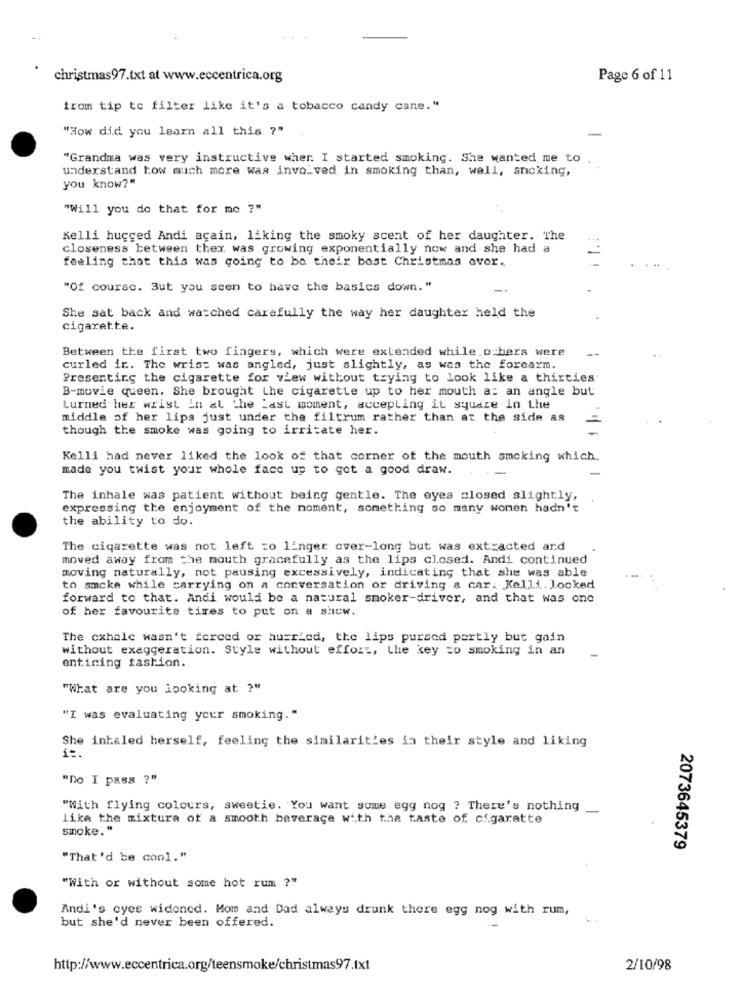
christmas97.txt at www.eccentrica.org
Page 6 of 11
trom tip to filter like it's a tobacco candy cane."
"How did you learn all this ?"
"Grandma was very instructive wher. I started smoking. She wanted me to .
understand how much more was involved in smoking than, well, smoking,
you know?"
"Will you do that for mo ?"
Kelli hugged Andi acain, liking the smoky scent of her daughter. The
closeness between thex. was growing exponentially now and she had a
feeling that this was going to be their best Christmas over.
"Of course. But you seen to have the basics down. "
She sat back and watched carefully the way her daughter held the
cigarette.
Between the first two fingers, which were extended while. o-bers were
curled ir. The wrist was angled, just slightly, as was the forearm.
Presenting the cigarette for view without trying to look like a thirties
B-movie queen. She brought Lhe cigarette up to her mouth a: an angle but
turned her wrist in al the Last moment, accepting it square in the
middle of her lips just under the filtrum rather than at the side as
though the smoke was going to irritate her.
Kelli had never liked the look of that corner of the mouth smoking which.
made you twist your whole face up to get a good draw.
The inhale was patient without being gentle. The eyes closed slightly,
expressing the enjoyment of the moment, something so many women hadn't
the ability to do.
The cigarette was not left to linger cver-long but was extracted and
moved away from the mouth gracefully as the lips closed. Andi continued
moving naturally, not pausing excessively, indicating that she was able
to smcke while carrying on a conversation or driving a car: Kelli. Jocked
forward to that. Andi would be a natural smoker-driver, and that was one
of her favourite tires to put on a sicw.
The cxhalc wasn't forced or hurried, the lips pursed partly but gain
without exaggeration. Style without effort, the key =o smoking in an
enticing fashion.
"What are you looking at ?"
"I was evaluating your smoking."
She inhaled herself, feeling the similarities in their style and liking
"Do I pass ?"
"With flying colours, sweetie. You want some egg nog ? There's nothing_
like the mixture of a smooth beverage with the taste of cigarette
smoke."
2073645379
"That'd be cool."
"With or without some hot rum ?"
Andi's eyes widened. Mom and Dad always drunk there egg nog with rum,
but she'd never been offered.
http://www.eccentrica.org/teensmoke/christmas97.txt
2/10/98